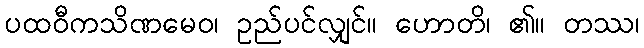
ပထဝီကသိဏမေဝ၊ ဥည်ပင်လျှင်။ ဟောတိ၊ ၏။ တဿ၊